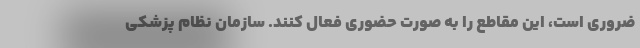
ضروری است، این مقاطع را به صورت حضوری فعال کنند. سازمان نظام پزشکی